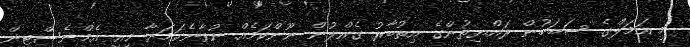
މި އަމަލްގެ ސަބަބުން ރައްޔިތުންގެ އިތުބާރު ގެއްލުން ނޫންކަމެއް ނުވާނެކަމަށާ މިއީ އެމްނެސްޓީން